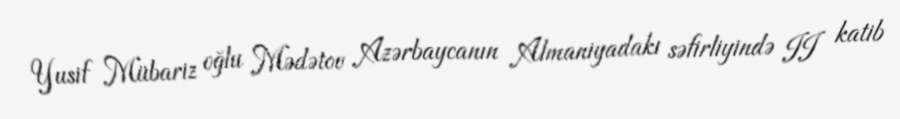
Yusif Mübariz oğlu Mədətov Azərbaycanın Almaniyadakı səfirliyində II katib